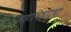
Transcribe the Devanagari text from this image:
महाविष्णूचा